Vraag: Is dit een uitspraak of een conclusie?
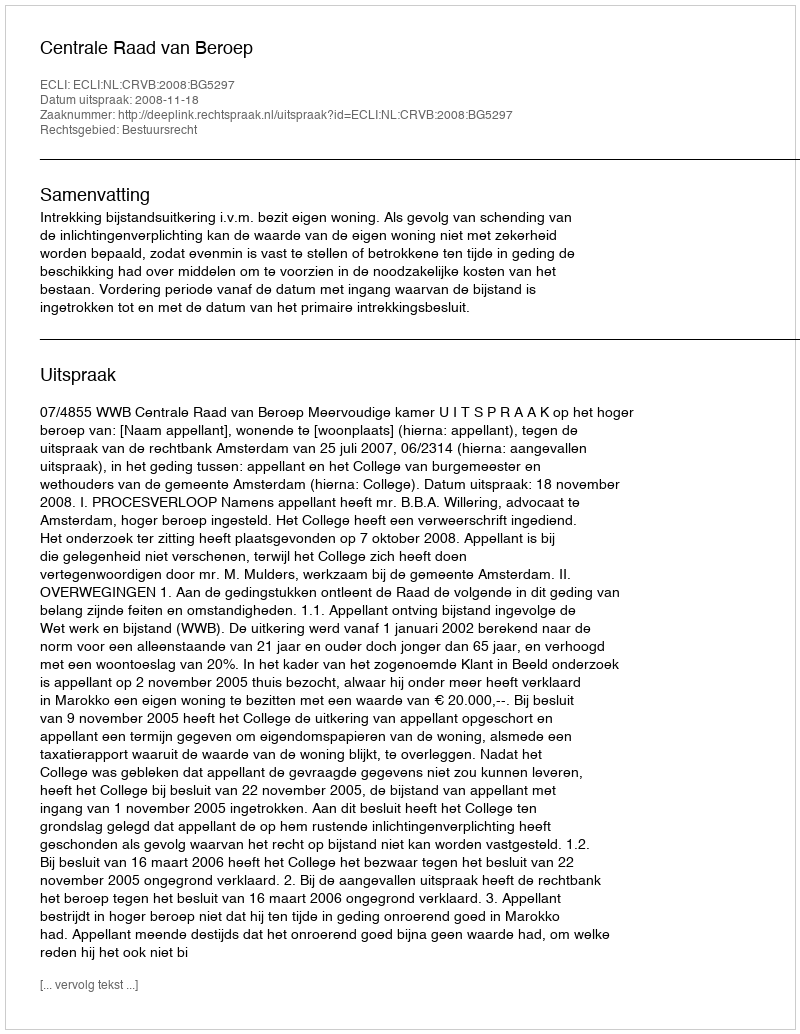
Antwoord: Uitspraak